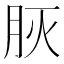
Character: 𦙻